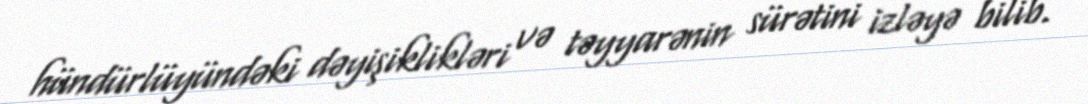
hündürlüyündəki dəyişiklikləri və təyyarənin sürətini izləyə bilib.